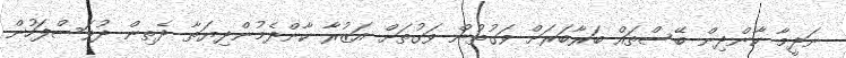
ނަދީމާ ކާންދިން ބޭސްތައް ބަރާބަރަށް ވަގުތުން ވަގުތަށް އަޒުރާ ކާންދެމުންދިޔަތާ ދެތިން ދުވަސްފަހުން